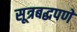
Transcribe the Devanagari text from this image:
सूत्रबद्धपणे